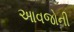
આવજોની